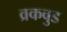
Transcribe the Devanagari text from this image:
व्रकवुड